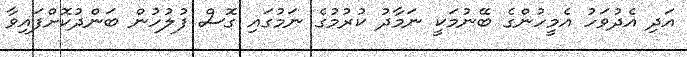
އަދި އެދުވަހު އެމީހުންގެ ބޭނުމަކީ ނަމާދު ކުރުމުގެ ނަމުގައި ގޮސް ފުލުހުން ބަންދުކޮށްފައިވާ